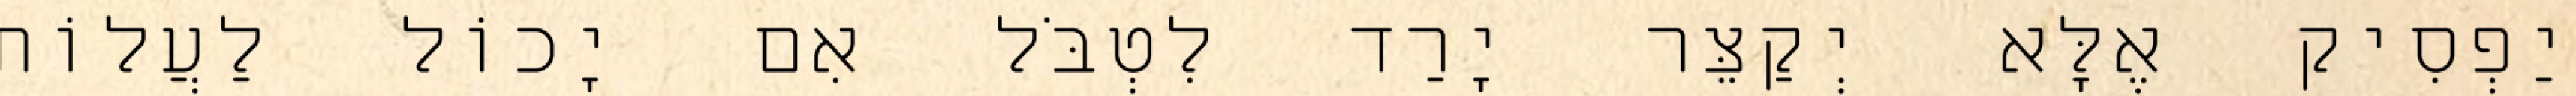
יַפְסִיק אֶלָּא יְקַצֵּר יָרַד לִטְבֹּל אִם יָכוֹל לַעֲלוֹת